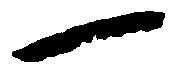
一